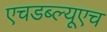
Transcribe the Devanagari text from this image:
एचडब्ल्यूएच